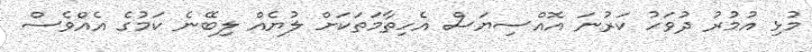
މުޅި އުމުރު ދުވަހު ކަރުނަ އޮއްސިޔަސް އެހިތާމަތަކަށް ލުޔެއް ލިބޭނެ ކަމުގެ އެއްވެސް